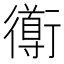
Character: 𲀣